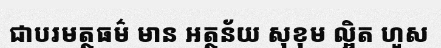
ជាបរមត្ថធម៌ មាន អត្ថន័យ សុខុម ល្អិត ហួស